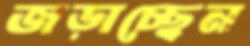
জড়াচ্ছেন